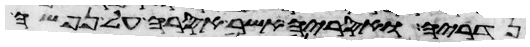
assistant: נדריה ואסריה אשר אסרה על נפשה